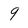
Character: 9